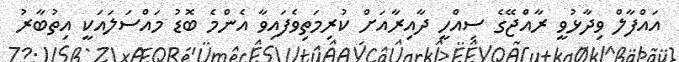
އައްފާލް ވިދާޅުވީ ރާއްޖޭގެ ސިއްހީ ދާއިރާއަށް ކުރިމަތިވެފައިވާ އެންމެ ބޮޑު މައްސަލައަކީ އިތުބާރު